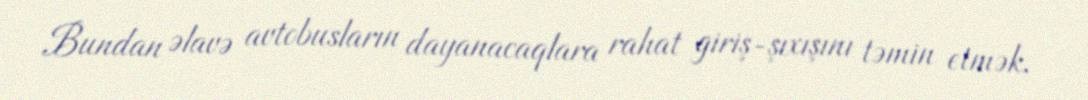
Bundan əlavə avtobusların dayanacaqlara rahat giriş-şıxışını təmin etmək,